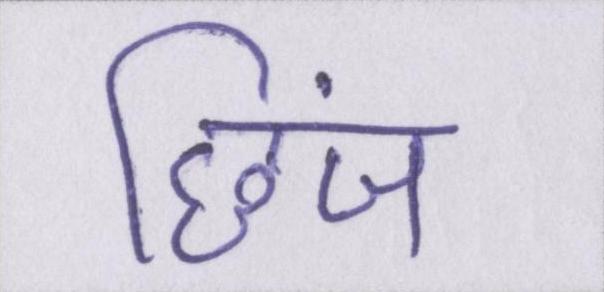
छिंज